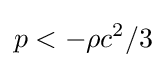
p<-\rho c^{2}/3